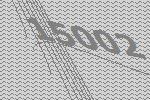
15002